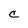
Character: C